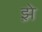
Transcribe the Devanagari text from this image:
झ़े